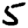
Digit: 5